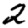
Digit: 2